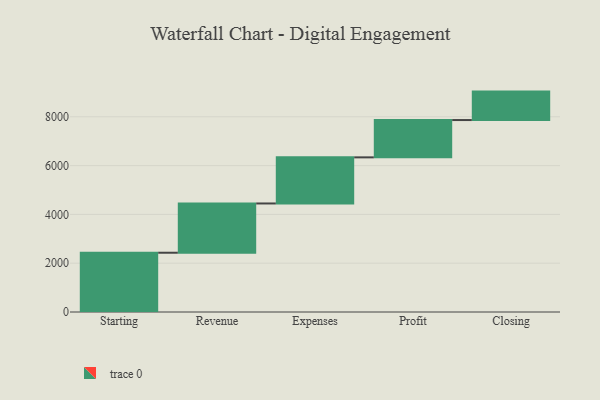
{"axis": {"x": "Step", "y": "Value"}, "legend": [""], "data": [{"x": "Starting", "y": 2429.0, "type": ""}, {"x": "Revenue", "y": 2019.0, "type": ""}, {"x": "Expenses", "y": 1890.0, "type": ""}, {"x": "Profit", "y": 1529.0, "type": ""}, {"x": "Closing", "y": 1166.0, "type": ""}]}